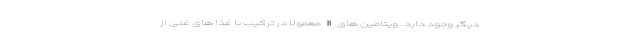
دیگر وجود دارد . ویتامین های B معمولا در ترکیب با غذا های غنی از